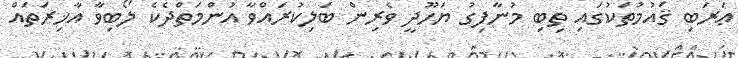
ޢަރަބި ޤައުމުތަކުގައި ތިބި މުނާފިގު ޔަހޫދީ ވެރިން ބަލިކުރައްވާ އުންމަތްދެކެ ލޯބިވާ އާޚިރަތައް